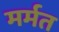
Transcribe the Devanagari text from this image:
मर्मत